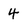
Character: 4